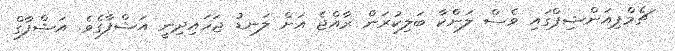
ޗެމްޕިއަންޝިޕްގައި ވެސް ލަންކާ ބަލިކުރަން ރާއްޖެ އަށް ލަނޑު ޖަހައިދިނީ އަޝްފާގެވެ. އަޝްފާގް